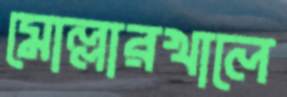
মোল্লারখালে